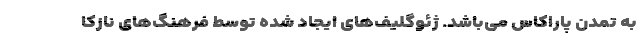
به تمدن پاراکاس می‌باشد. ژئوگلیف‌های ایجاد شده توسط فرهنگ‌های نازکا